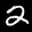
Label: 2